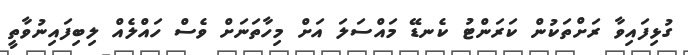
ގުޅިފައިވާ ރަށްތަކުން ކަރަންޓު ކެނޑޭ މައްސަލަ އަށް މިހާތަނަށް ވެސް ހައްލެއް ލިބިފައިނުވާތީ